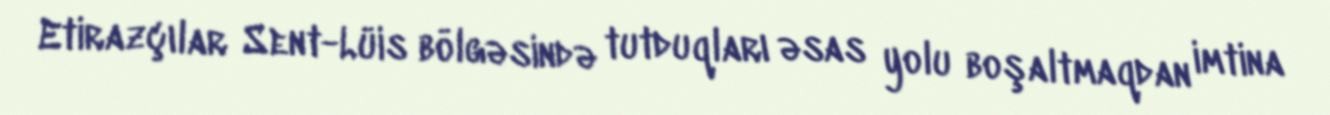
Etirazçılar Sent-Lüis bölgəsində tutduqları əsas yolu boşaltmaqdan imtina